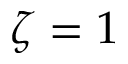
\zeta = 1